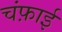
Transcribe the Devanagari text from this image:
चंफ़ाई